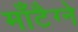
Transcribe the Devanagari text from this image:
माँटैग्ने